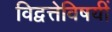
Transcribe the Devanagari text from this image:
विद्वत्तेविषयीं